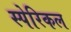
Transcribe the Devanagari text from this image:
स्पेरिकल